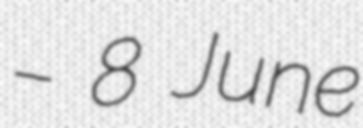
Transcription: – 8 June